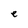
Character: e